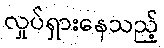
လှုပ်ရှားနေသည့်